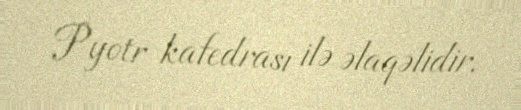
Pyotr kafedrası ilə əlaqəlidir.